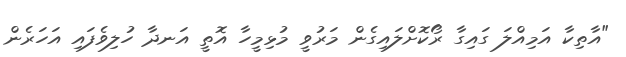
"އާތިކާ އަމިއްލަ ގައިގާ ރޯކޮށްލައިގެން މަރުވީ މުޅިމީހާ އޮތީ އަނދާ ހުލިވެފައި އަހަރެން